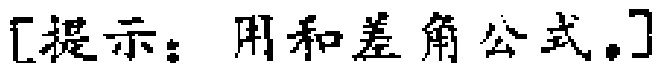
[提示：用和差角公式。]